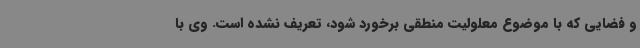
و فضایی که با موضوع معلولیت منطقی برخورد شود، تعریف نشده است. وی با